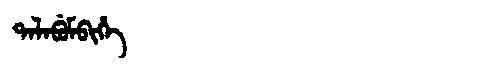
Manchu: ᡨᠠᠯᠠᠪᡠᠮᠪᡳᡥᡝ
Romanization: TALABUMBIHE